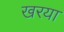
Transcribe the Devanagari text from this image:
खरया